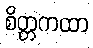
စိတ္တကထာ